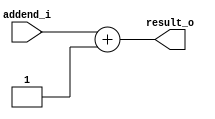
module Adder8(

input[3:0]  addend_i,
output [3:0] result_o);

reg i=4'b1;

assign result_o=addend_i+i;

endmodule